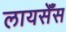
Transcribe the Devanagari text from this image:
लायसेँस